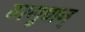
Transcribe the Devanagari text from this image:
वरगुणन्